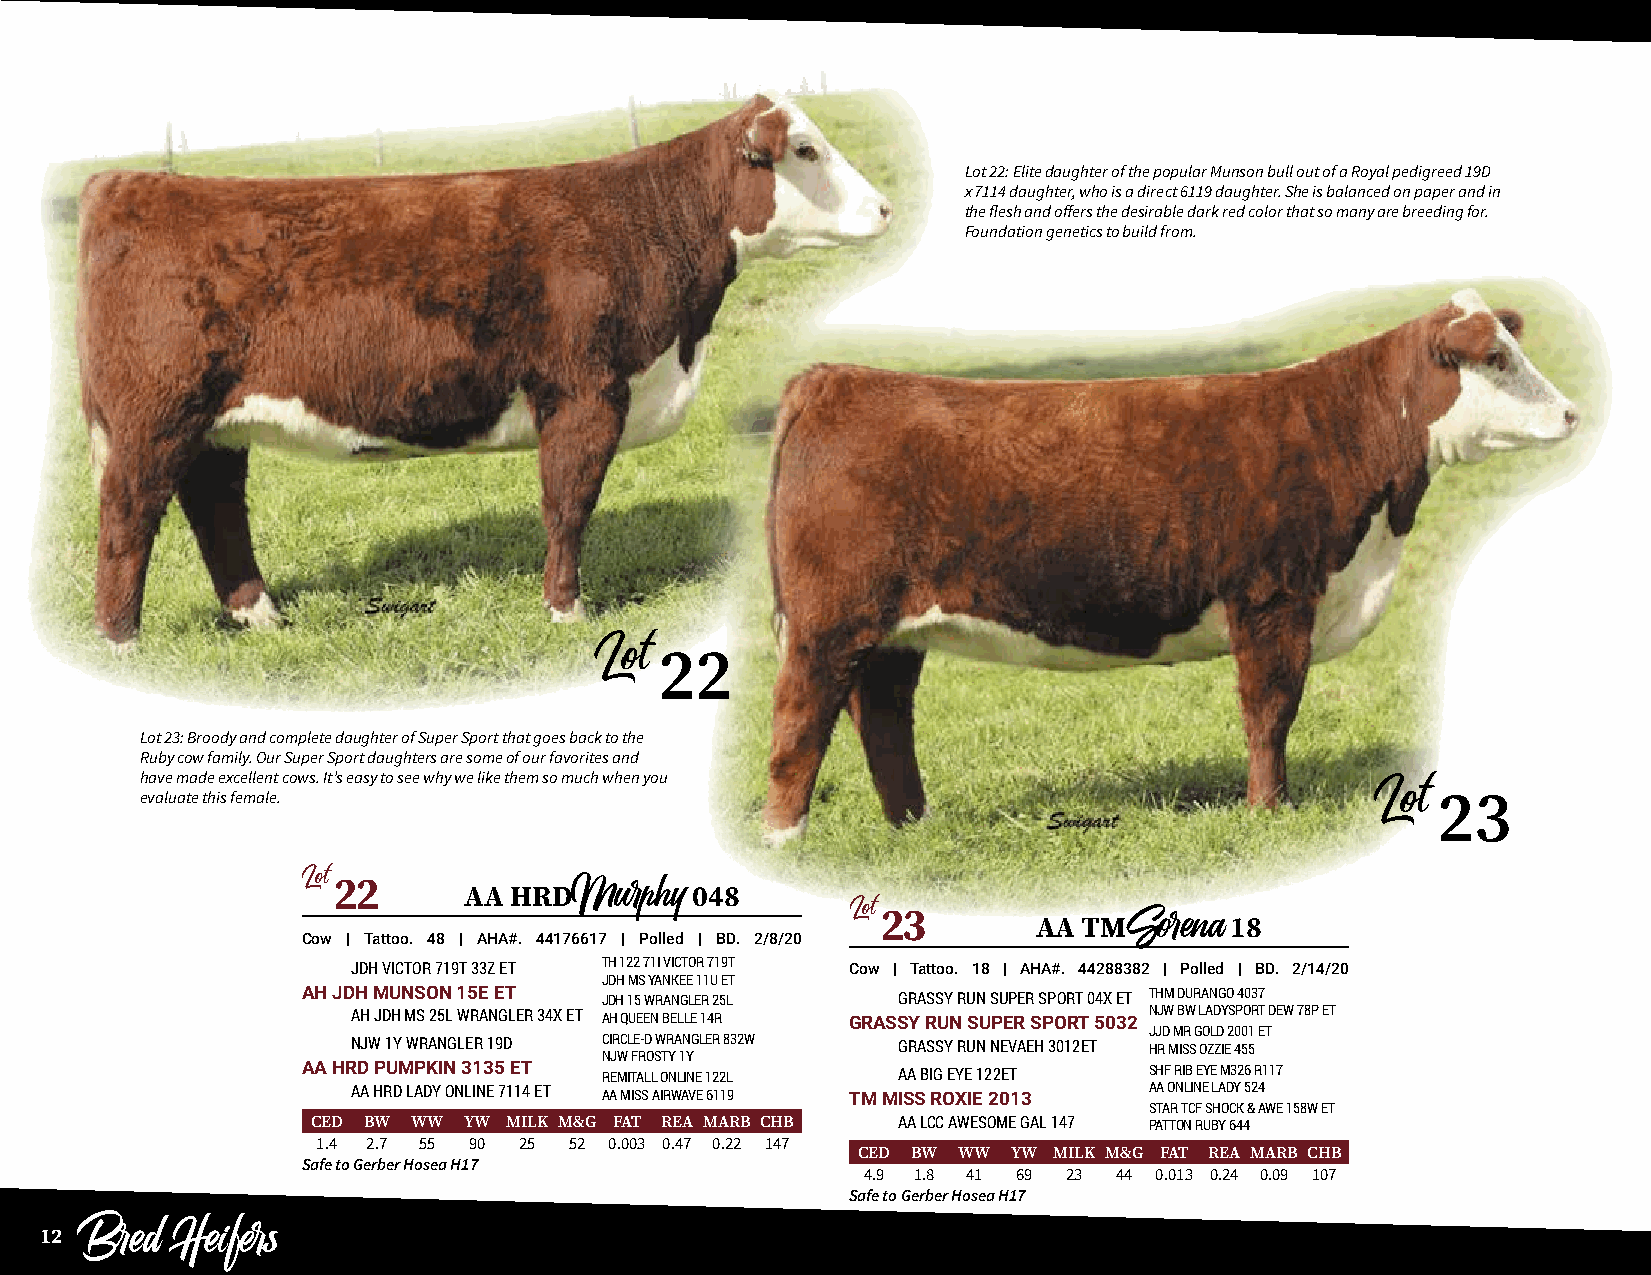
Lot 22: Elite daughter of the popular Munson bull out of a Royal pedigreed 19D
 x 7114 daughter, who is a direct 6119 daughter. She is balanced on paper and in
 the flesh and offers the desirable dark red color that so many are breeding for.
 Foundation genetics to build from.
 22
 Lot
 Lot 23: Broody and complete daughter of Super Sport that goes back to the
 Ruby cow family. Our Super Sport daughters are some of our favorites and
 have made excellent cows. It’s easy to see why we like them so much when you
 evaluate this female.                                                                 23
 Lot
 Lot22
 AA HRD         048
 Murphy            Lot23
 AA TM       18
 Cow | Tattoo. 48 | AHA#. 44176617 | Polled | BD. 2/8/20 Sorena
 JDH VICTOR 719T 33Z ET TH 122 71I VICTOR 719T Cow | Tattoo. 18 | AHA#. 44288382 | Polled | BD. 2/14/20
 JDH MS YANKEE 11U ET
 AH JDH MUNSON 15E ET JDH 15 WRANGLER 25L GRASSY RUN SUPER SPORT 04X ET THM DURANGO 4037
 AH JDH MS 25L WRANGLER 34X ET AH QUEEN BELLE 14R GRASSY RUN SUPER SPORT 5032 NJW BW LADYSPORT DEW 78P ET
 JJD MR GOLD 2001 ET
 NJW 1Y WRANGLER 19D CIRCLE-D WRANGLER 832W GRASSY RUN NEVAEH 3012ET HR MISS OZZIE 455
 NJW FROSTY 1Y
 AA HRD PUMPKIN 3135 ET REMITALL ONLINE 122L AA BIG EYE 122ET SHF RIB EYE M326 R117
 AA HRD LADY ONLINE 7114 ET AA MISS AIRWAVE 6119 TM MISS ROXIE 2013 AA ONLINE LADY 524
 STAR TCF SHOCK & AWE 158W ET
 CED BW WW YW MILK M&G FAT REA MARB CHB AA LCC AWESOME GAL 147 PATTON RUBY 644
 1.4 2.7 55 90 25 52 0.003 0.47 0.22 147
 CED BW WW YW MILK M&G FAT REA MARB CHB
 Safe to Gerber Hosea H17
 4.9 1.8 41 69 23 44 0.013 0.24 0.09 107
 Safe to Gerber Hosea H17
 12
 Bred   Heifers